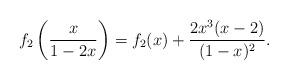
LaTeX: \begin{align*}f_2\left(\frac{x}{1-2x}\right)=f_2(x)+\frac{2x^{3}(x-2)}{(1-x)^{2}}. \end{align*}